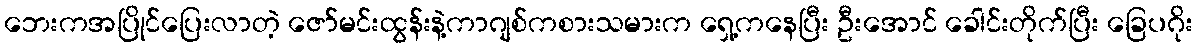
ဘေးကအပြိုင်ပြေးလာတဲ့ ဇော်မင်းထွန်းနဲ့ကာဂျစ်ကစားသမားက ရှေ့ကနေပြီး ဦးအောင် ခေါင်းတိုက်ပြီး ခြေပဂိုး